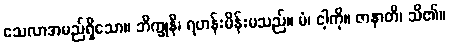
သေလာအမည်ရှိသော။ ဘိက္ခုနီ၊ ရဟန်းမိန်းမသည်။ မံ၊ ငါ့ကို။ ဇာနာတိ၊ သိ၏။